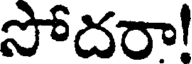
సోదరా!